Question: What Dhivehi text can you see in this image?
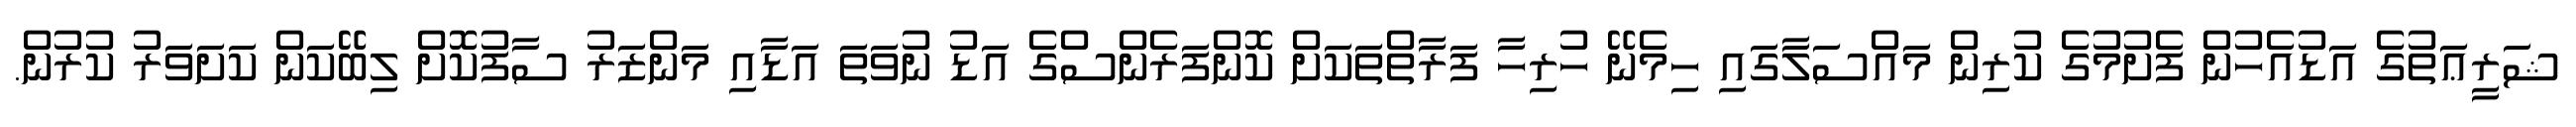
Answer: ޝަރީޢަތުގެ އަޑުއެހުން ފެށުމުގެ ކުރިން މައްސަލާގައި ހިމެނޭ ހުރިހާ ފަރާތްތަކަށް ކޮންފަރެންސްގެ އަޑު ނުވަތަ އަޑާއި މަންޒަރު ސާފުކޮށް ލިބޭކަން ކަށަވަރު ކުރުން.